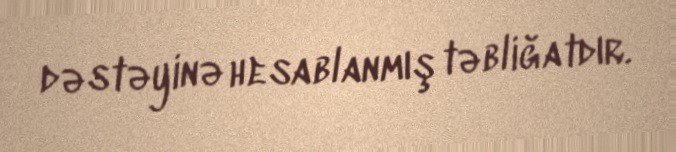
dəstəyinə hesablanmış təbliğatdır.